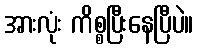
အားလုံး ကိစ္စပြီးနေပြီပဲ။